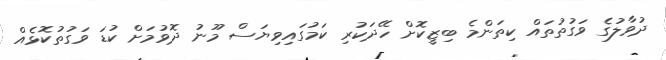
ދުވާލުގެ ވަގުތުތައް ކިތަންމެ ބިޒީކޮށް ހޭދަކުރި ކަމުގައިވިޔަސް މޫނު ދޮވުމަށް ކުޑަ ވަގުތުކޮޅެއް